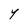
Character: Y